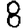
Digit: 8